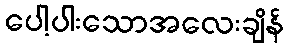
ပေါ့ပါးသောအလေးချိန်